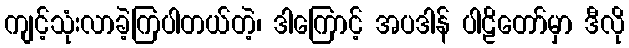
ကျင့်သုံးလာခဲ့ကြပါတယ်တဲ့၊ ဒါကြောင့် အပဒါန် ပါဠိတော်မှာ ဒီလို